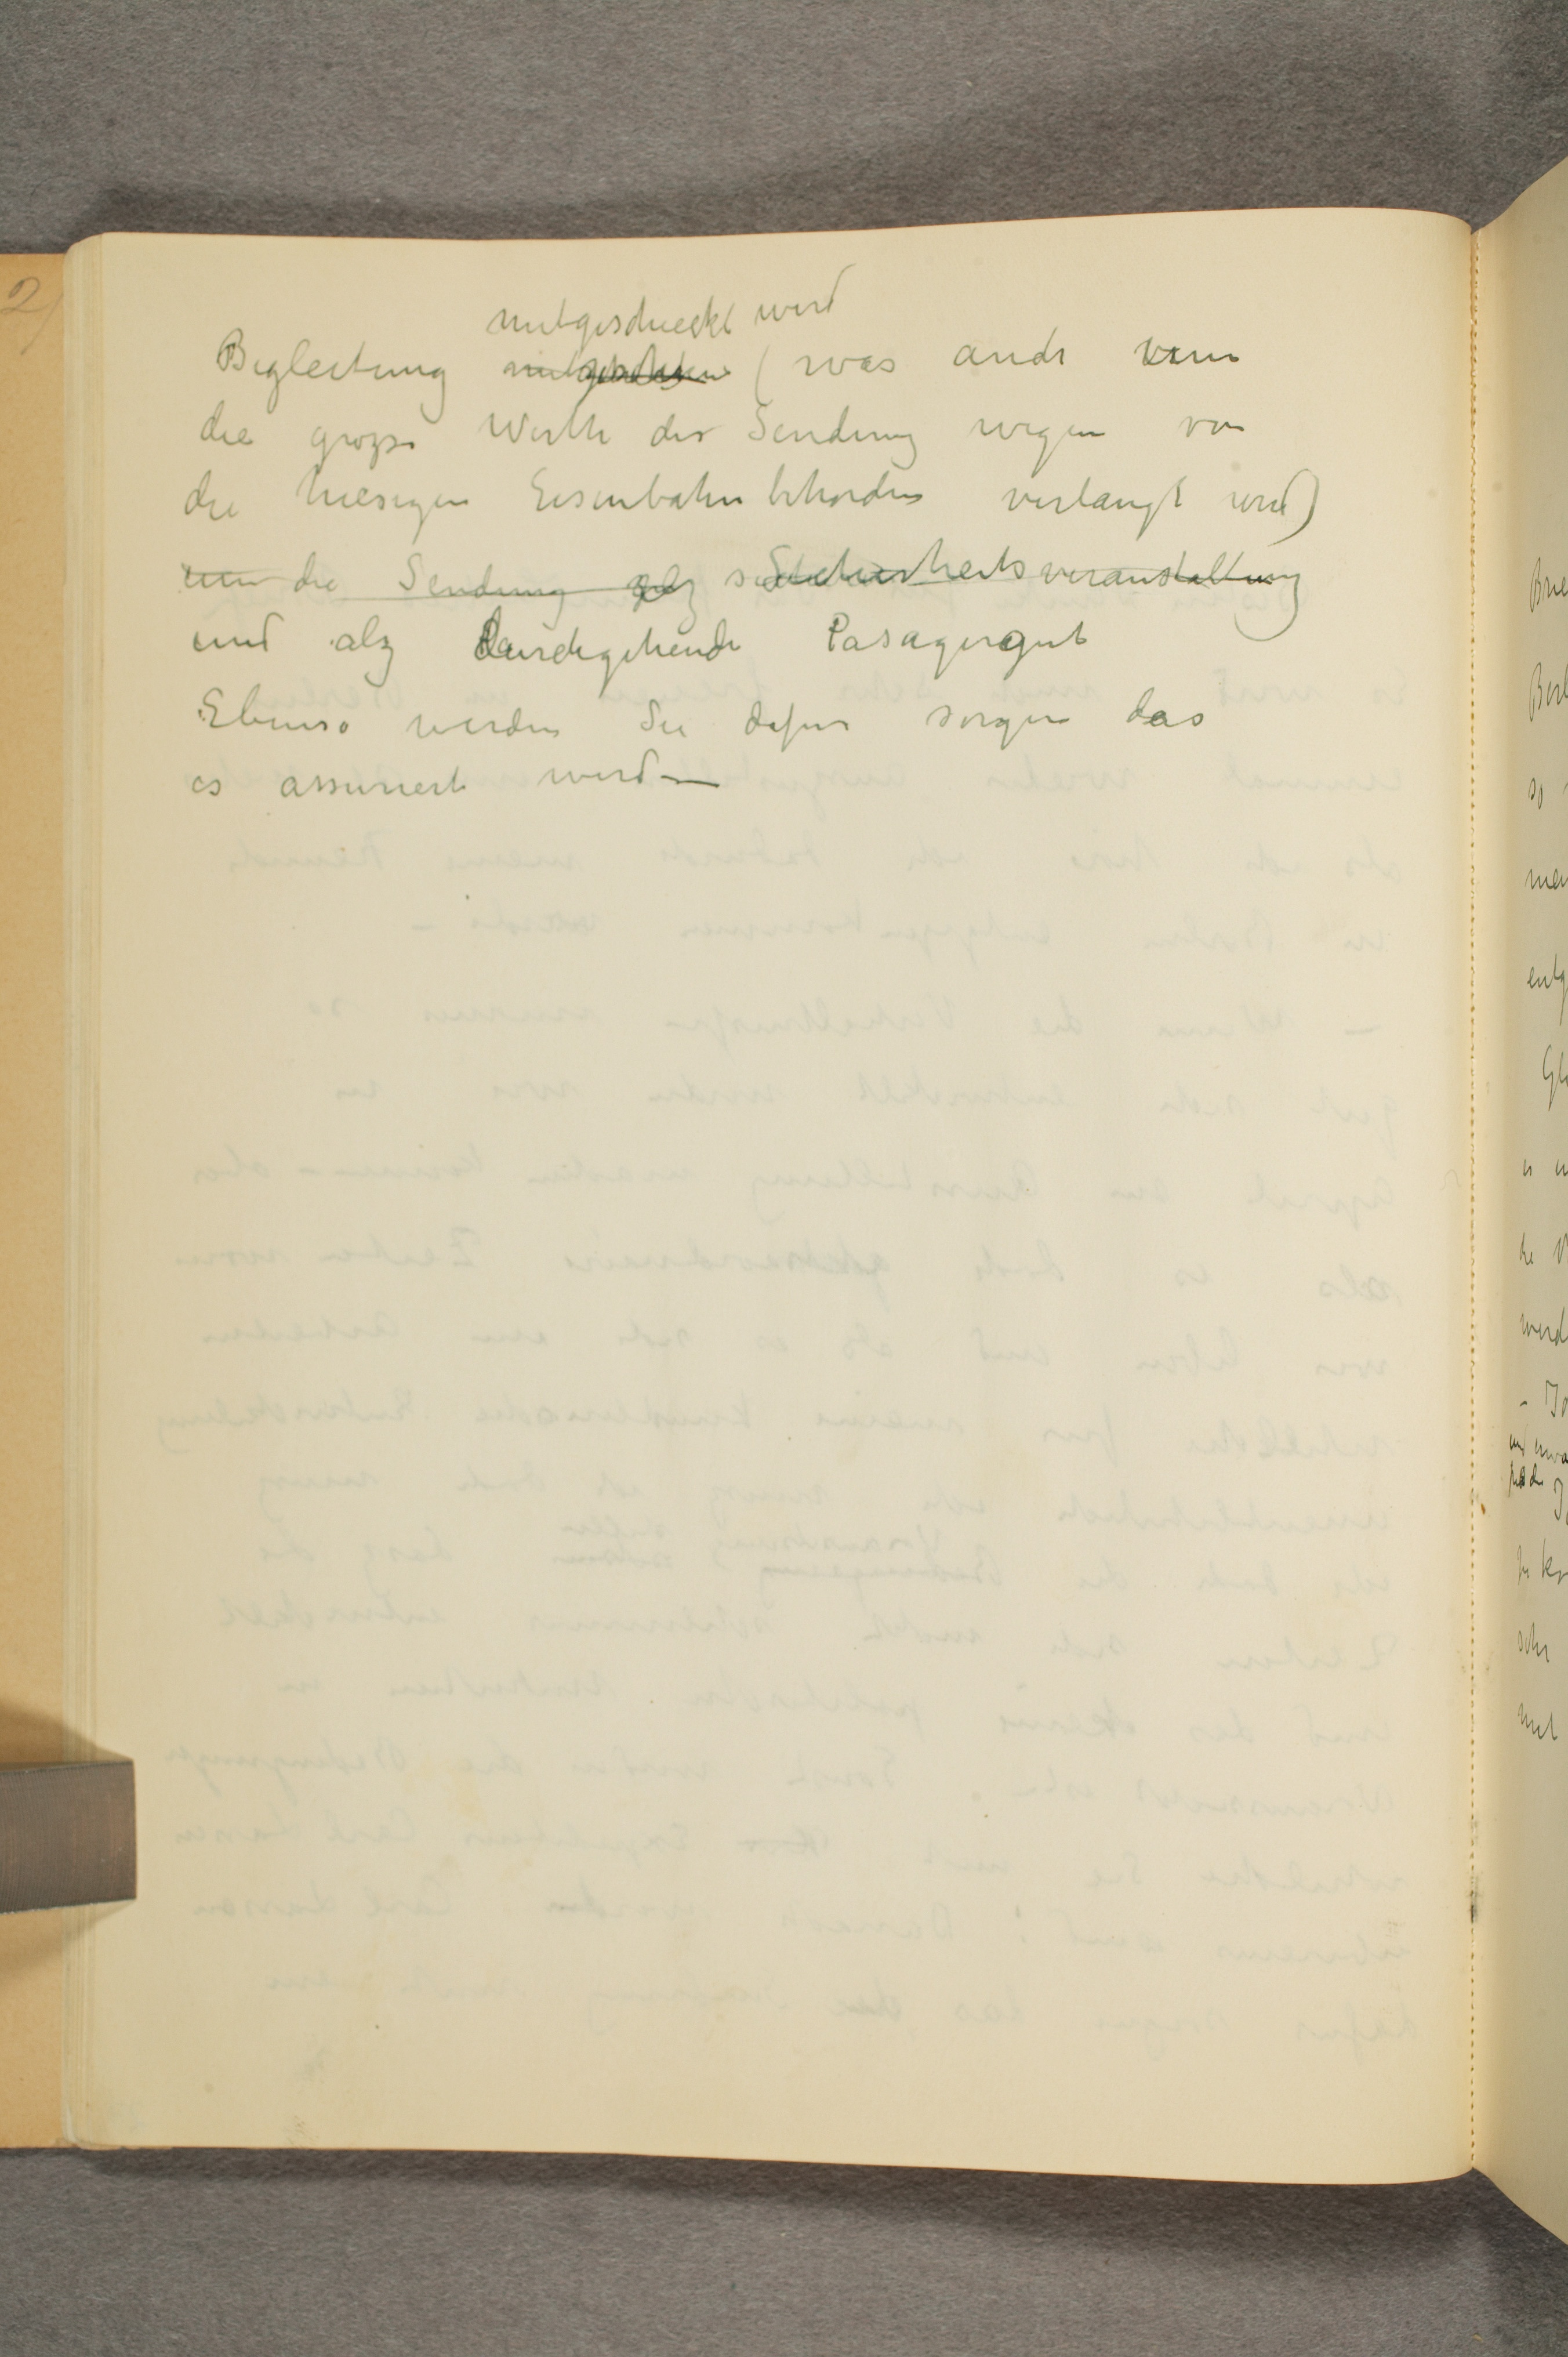
Begleitung mitgeschieckt wird (was auch von
die grozse Werth der Sendung wegen von
die hiesigen Eisenbahn behorden verlangt wird
um die Sendung alz sicherheits veranstaltung
und alz durchgehende Pasagirgut
Ebenso werden Sie dafur sorgen das
es assuriert wird -